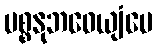
ပစ္စနုဘဝေယျံပေ